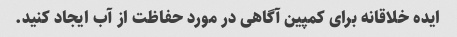
ایده خلاقانه برای کمپین آگاهی در مورد حفاظت از آب ایجاد کنید.